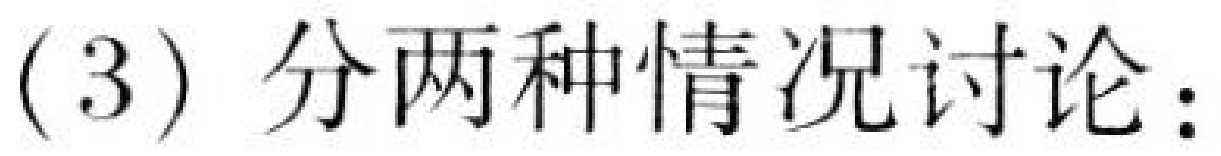
(3) 分两种情况讨论：